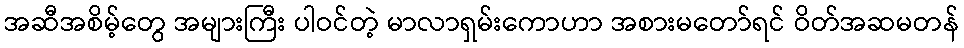
အဆီအစိမ့်တွေ အများကြီး ပါဝင်တဲ့ မာလာရှမ်းကောဟာ အစားမတော်ရင် ဝိတ်အဆမတန်